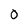
Character: 0